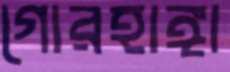
গোরহাঙ্গা